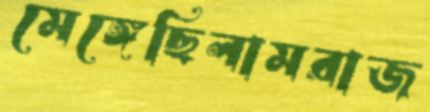
মেঙ্গেছিলামরাজ